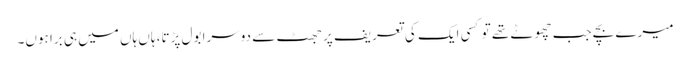
میرے بچے جب چھوٹے تھے تو کسی ایک کی تعریف پر جھٹ سے دوسرا بول پڑتا، ہاں ہاں میں ہی برا ہوں۔